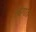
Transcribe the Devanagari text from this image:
बिगत